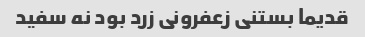
قدیما بستنی زعفرونی زرد بود نه سفید